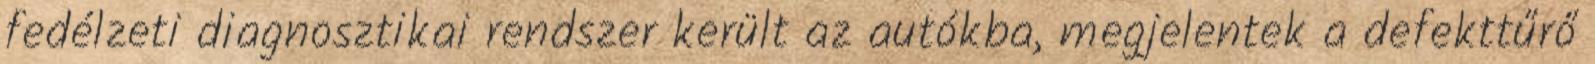
fedélzeti diagnosztikai rendszer került az autókba, megjelentek a defekttűrő